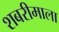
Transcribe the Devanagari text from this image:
शबरीमाला